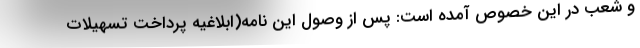
و شعب در این خصوص آمده است: پس از وصول این نامه(ابلاغیه پرداخت تسهیلات